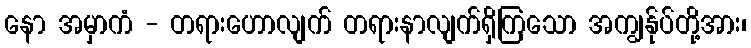
နော အမှာကံ - တရားဟောလျက် တရားနာလျက်ရှိကြသော အကျွန်ုပ်တို့အား၊